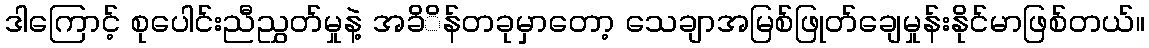
ဒါကြောင့် စုပေါင်းညီညွှတ်မှုနဲ့ အခိိန်တခုမှာတော့ သေချာအမြစ်ဖြုတ်ချေမှုန်းနိုင်မာဖြစ်တယ်။